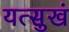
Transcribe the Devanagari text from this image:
यत्सुखं